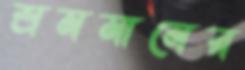
শ্রমমানের